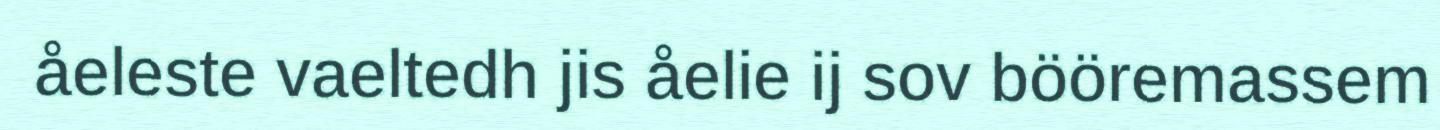
åeleste vaeltedh jis åelie ij sov bööremassem